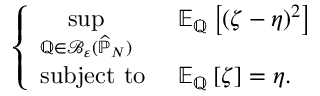
\begin{array} { r } { \left\{ \begin{array} { l l } { { \displaystyle \operatorname* { s u p } _ { \mathbb { Q } \in \mathcal { B } _ { \varepsilon } ( \widehat { \mathbb { P } } _ { N } ) } } } & { \mathbb { E } _ { \mathbb { Q } } \left[ \left( \zeta - \eta \right) ^ { 2 } \right] } \\ { \mathrm { s u b j e c t ~ t o ~ } } & { \mathbb { E } _ { \mathbb { Q } } \left[ \zeta \right] = \eta . } \end{array} \right. } \end{array}